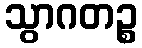
သွာဂတဉ္စ